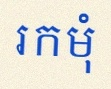
រកមុំ